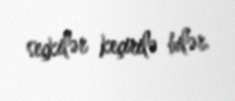
seçkilər keçirilə bilər.